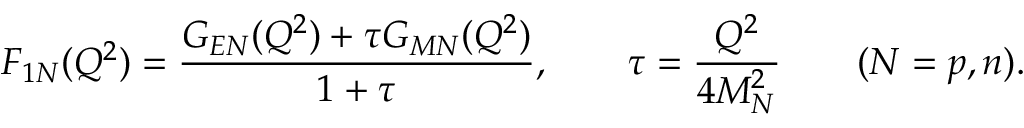
F _ { 1 N } ( Q ^ { 2 } ) = \frac { G _ { E N } ( Q ^ { 2 } ) + \tau G _ { M N } ( Q ^ { 2 } ) } { 1 + \tau } , \qquad \tau = \frac { Q ^ { 2 } } { 4 M _ { N } ^ { 2 } } \qquad ( N = p , n ) .